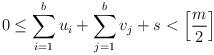
LaTeX: \begin{gather*} 0\leq \sum_{i=1}^b u_i+\sum_{j=1}^b v_j+s<\left[\frac{m}{2}\right]\end{gather*}